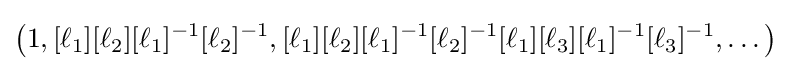
\left(1,[\ell _{1}][\ell _{2}][\ell _{1}]^{-1}[\ell _{2}]^{-1},[\ell _{1}][\ell _{2}][\ell _{1}]^{-1}[\ell _{2}]^{-1}[\ell _{1}][\ell _{3}][\ell _{1}]^{-1}[\ell _{3}]^{-1},\dots \right)